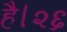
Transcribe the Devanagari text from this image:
है।२६